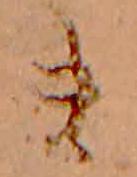
ま